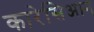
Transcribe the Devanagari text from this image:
कारेसिआन